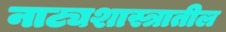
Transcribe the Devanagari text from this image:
नाट्यशास्त्रातील